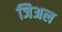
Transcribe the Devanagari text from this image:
जिअल